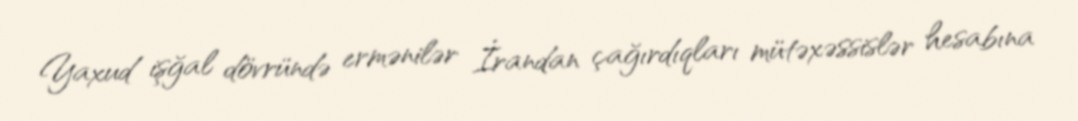
Yaxud işğal dövründə ermənilər İrandan çağırdıqları mütəxəssislər hesabına